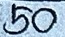
50